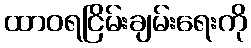
ထာဝရငြိမ်းချမ်းရေးကို